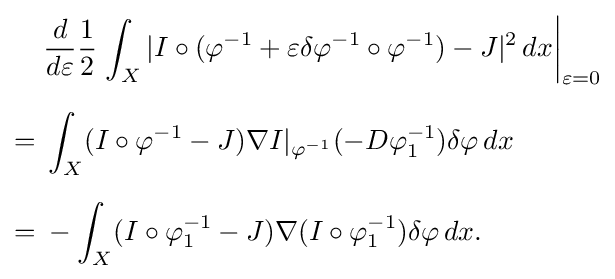
{\begin{aligned}&{\frac {d}{d\varepsilon }}{\frac {1}{2}}\left.\int _{X}|I\circ (\varphi ^{-1}+\varepsilon \delta \varphi ^{-1}\circ \varphi ^{-1})-J|^{2}\,dx\right|_{\varepsilon =0}\\[6pt]={}&\int _{X}(I\circ \varphi ^{-1}-J)\nabla I|_{\varphi ^{-1}}(-D\varphi _{1}^{-1})\delta \varphi \,dx\\[6pt]={}&-\int _{X}(I\circ \varphi _{1}^{-1}-J)\nabla (I\circ \varphi _{1}^{-1})\delta \varphi \,dx.\end{aligned}}